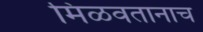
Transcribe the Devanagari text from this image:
मिळवतानाच